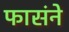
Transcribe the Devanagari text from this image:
फासंने